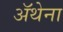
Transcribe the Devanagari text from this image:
ॲथेना